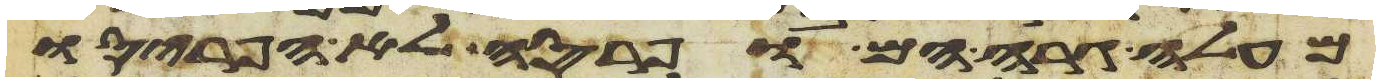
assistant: מעלה גרה הם ופרסה לא הפריסו